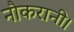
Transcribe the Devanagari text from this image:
नौकरानी।